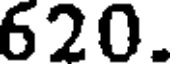
620.